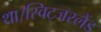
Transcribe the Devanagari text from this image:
था।स्विट्जरलैंड